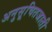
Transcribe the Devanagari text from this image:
अनुसूचितजाती